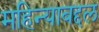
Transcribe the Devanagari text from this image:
महिन्याबद्दल